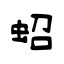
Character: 蛁